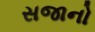
સજાનો